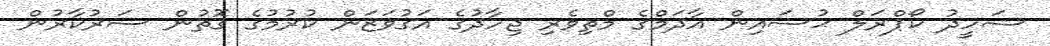
ޝަހީދު ކޯޕްރަލް ޙުސައިން އާދަމްގެ މްތިވެރި ޖިހާދުގެ އަގުވަޒަން ކުރުމުގެ ގޮތުން ސަރުކާރުން